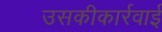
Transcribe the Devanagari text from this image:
उसकीकार्रवाई